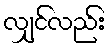
လျှင်လည်း